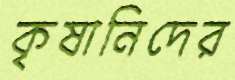
কৃষানিদের